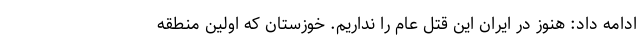
ادامه داد: هنوز در ایران این قتل عام را نداریم. خوزستان که اولین منطقه